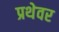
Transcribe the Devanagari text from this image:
प्रथेवर